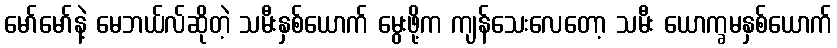
မော်မော်နဲ့ မေဘယ်လ်ဆိုတဲ့ သမီးနှစ်ယောက် မွေးဖို့က ကျန်သေးလေတော့ သမီး ယောက္ခမနှစ်ယောက်